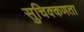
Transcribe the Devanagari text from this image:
सुचिक्कणता